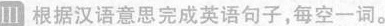
Ⅲ 根据汉语意思完成英语句子,每空一词.